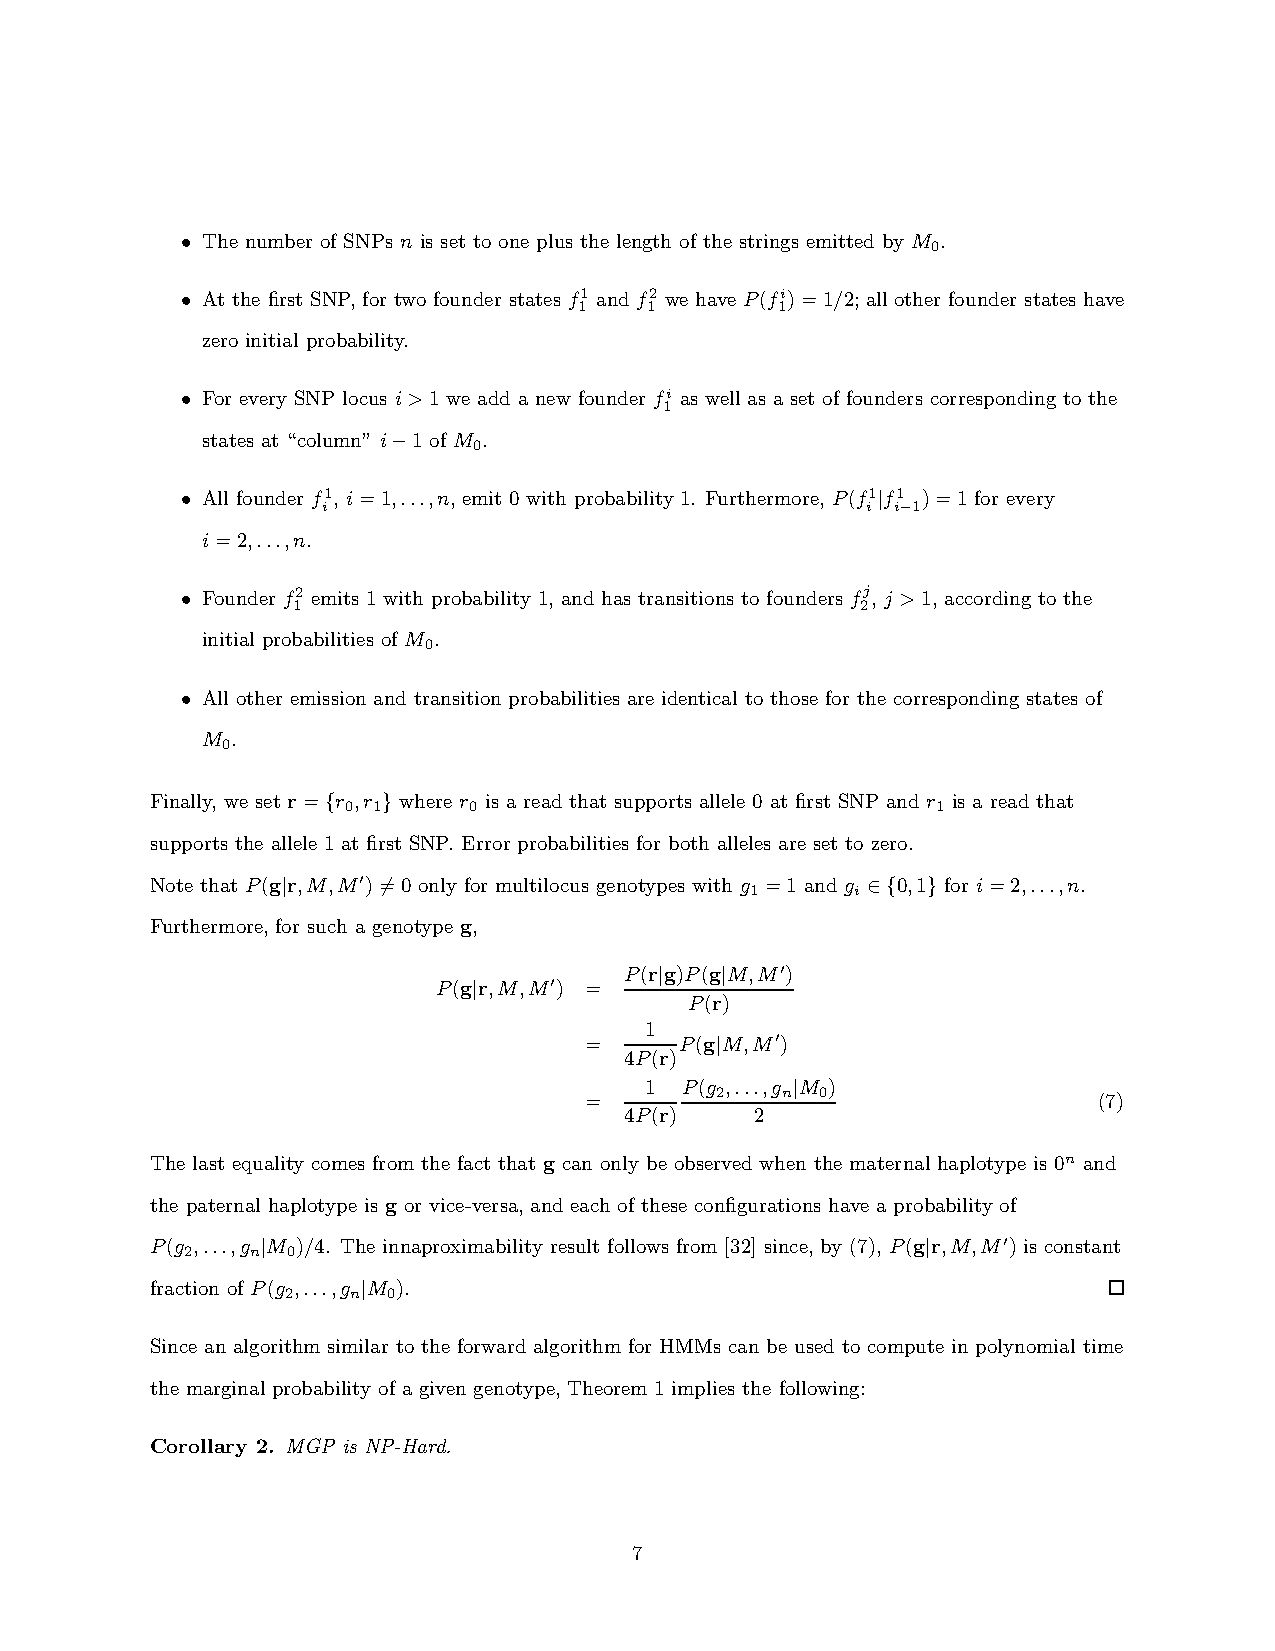
• The number of SNPs n is set to one plus the length of the strings emitted by M .
 0
 • At the first SNP, for two founder states f1 and f2 we have P(fi)=1/2; all other founder states have
 1    1       1
 zero initial probability.
 • For every SNP locus i>1 we add a new founder fi as well as a set of founders corresponding to the
 1
 states at “column” i−1 of M .
 0
 • All founder f1, i=1,...,n, emit 0 with probability 1. Furthermore, P(f1|f1 )=1 for every
 i                                   i i−1
 i=2,...,n.
 • Founder f2 emits 1 with probability 1, and has transitions to founders fj, j >1, according to the
 1                                     2
 initial probabilities of M .
 0
 • All other emission and transition probabilities are identical to those for the corresponding states of
 M .
 0
 Finally, we set r={r ,r } where r is a read that supports allele 0 at first SNP and r is a read that
 0 1     0                              1
 supports the allele 1 at first SNP. Error probabilities for both alleles are set to zero.
 Note that P(g|r,M,M′)6=0 only for multilocus genotypes with g =1 and g ∈{0,1} for i=2,...,n.
 1      i
 Furthermore, for such a genotype g,
 P(r|g)P(g|M,M′)
 P(g|r,M,M′) =
 P(r)
 1
 =     P(g|M,M′)
 4P(r)
 1 P(g ,...,g |M )
 2    n 0
 =                                 (7)
 4P(r)    2
 The last equality comes from the fact that g can only be observed when the maternal haplotype is 0n and
 the paternal haplotype is g or vice-versa,and each of these configurations have a probability of
 P(g ,...,g |M )/4. The innaproximability result follows from [32] since, by (7), P(g|r,M,M′) is constant
 2    n 0
 fraction of P(g ,...,g |M ).
 2   n  0
 Since an algorithm similar to the forward algorithm for HMMs can be used to compute in polynomial time
 the marginal probability of a given genotype, Theorem 1 implies the following:
 Corollary 2. MGP is NP-Hard.
 7